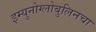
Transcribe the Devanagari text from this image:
इम्युनोग्लोबुलिनचा